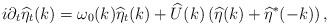
LaTeX: \begin{align*} i\partial_{t}\widehat{\eta}_{t}(k)=\omega_{0}(k)\widehat{\eta}_{t}(k)+\widehat{U}(k)\left(\widehat{\eta}(k)+\widehat{\eta}^{*}(-k)\right),\end{align*}